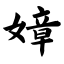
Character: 嫜